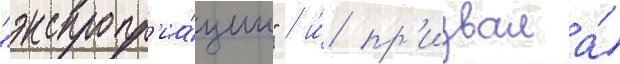
"экспропр'иа́ции" / и́ пр'извала́